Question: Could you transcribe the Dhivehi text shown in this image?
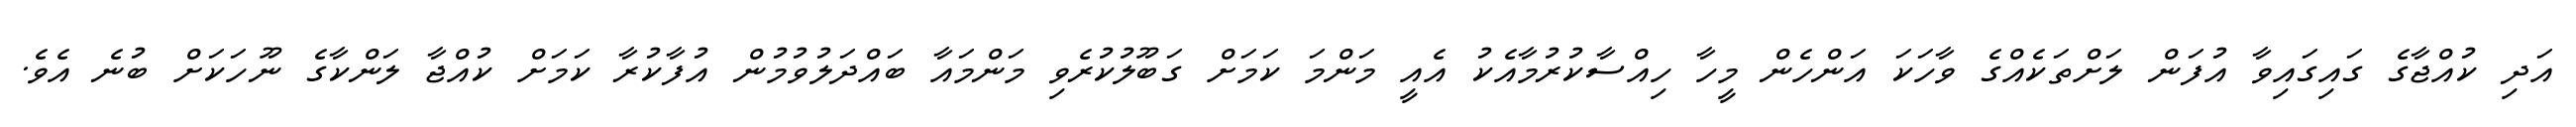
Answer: އަދި ކުއްޖާގެ ގައިގައިވާ އުފަން ލަށްތަކެއްގެ ވާހަކަ އަންހެން މީހާ ހިއްސާކުރުމާއެކު އެއީ މަންމަ ކަމަށް ގަބޫލުކުރެވި މަންމައާ ބައްދަލުވުމުން އުފާކުރާ ކަމަށް ކުއްޖާ ލަންކާގެ ނޫހަކަށް ބުނެ އެވެ.